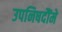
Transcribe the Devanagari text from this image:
उपनिषदौंमे